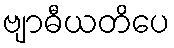
ဗျာဓီယတိပေ